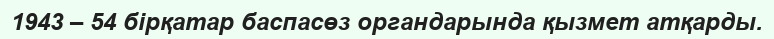
1943 – 54 бірқатар баспасөз органдарында қызмет атқарды.